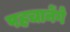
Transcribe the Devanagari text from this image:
पहचानेंगे